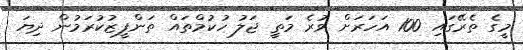
މީގެ ތެރޭގައި 100 އަހަރަށް ވުރެ މަތީ ޖަލު ހުކުމްތައް ތަންފީޒުކުރަމުން ދިޔަ